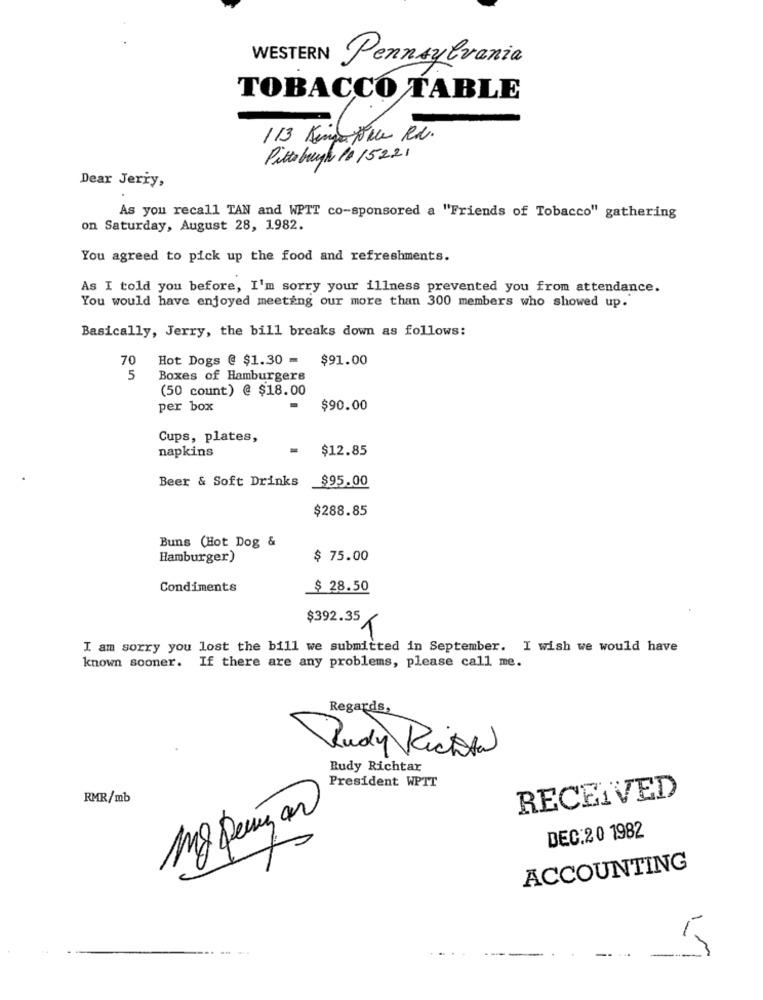
WESTERN
Pennsylvania
TOBACCO TABLE
113 Kingstre Rd.
Pittsburgh 19 15221
Dear Jerry,
As you recall TAN and WPTT co-sponsored a "Friends of Tobacco" gathering
on Saturday, August 28, 1982.
You agreed to pick up the food and refreshments.
As I told you before, I'm sorry your illness prevented you from attendance.
You would have enjoyed meeting our more than 300 members who showed up.
Basically, Jerry, the bill breaks down as follows:
70
Hot Dogs @ $1.30 -
$91.00
5
Boxes of Hamburgers
(50 count) @ $18.00
per box
$90.00
Cups, plates,
napkins
$12.85
Beer & Soft Drinks
$95.00
$288.85
Buns (Hot Dog &
Hamburger)
$ 75.00
Condiments
$ 28.50
$392.35
T
I am sorry you lost the bill we submitted in September. I wish we would have
known sooner. If there are any problems, please call me.
Regards,
Rudy Recital
Rudy Richtar
President WPTT
RMR/mb
RECEIVED
My Penny an
DEC.20 1982
ACCOUNTING